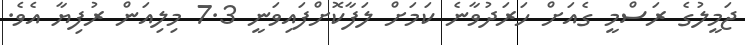
ޖަމީލުގެ ރަސްމީ ގެއަށް ހަރަދުވާނެ ކަމަށް ލަފާކޮށްފައިވަނީ 7.3 މިލިއަން ރުފިޔާ އެވެ.